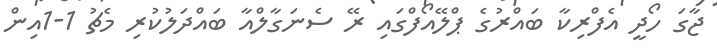
ޖާގަ ހޯދީ އެފްރިކާ ބައްރުގެ ޕްލޭއޯފްގައި ރޭ ސެނަގާލްއާ ބައްދަލުކުރި މެޗު 1-1އިން